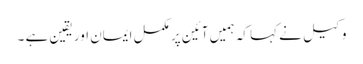
وکیل نے کہا کہ ہمیں آئین پر مکمل ایمان اور یقین ہے ۔